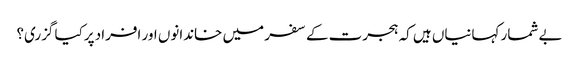
بے شمار کہانیاں ہیں کہ ہجرت کے سفر میں خاندانوں اور افراد پرکیا گزری؟